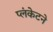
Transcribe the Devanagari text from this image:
प्लंकेटने